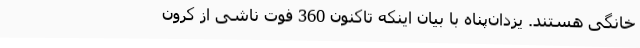
خانگی هستند. یزدان‌پناه با بیان اینکه تاکنون 360 فوت ناشی از کرون